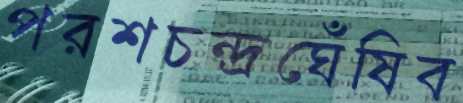
পরশচন্দ্রঘেঁষিব